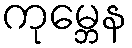
ကုမ္ဘေန